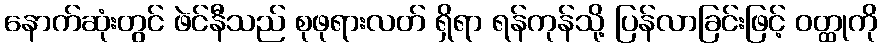
နောက်ဆုံးတွင် ဖဲင်နီသည် စုဖုရားလတ် ရှိရာ ရန်ကုန်သို့ ပြန်လာခြင်းဖြင့် ဝတ္ထုကို